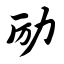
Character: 励